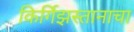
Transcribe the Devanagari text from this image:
किर्गिझस्तानाचा